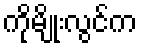
ကိုမျိုးလွင်က